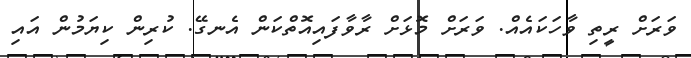
ވަރަށް ރީތި ވާހަކައެއް. ވަރަށް މޮޅަށް ރާވާފައިއޮތްކަން އެނގޭ. ކުރިން ކިޔަމުން އައި